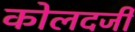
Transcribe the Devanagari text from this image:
कोलदर्जी